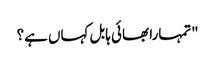
"تمہارا بھائی ہابل کہاں ہے؟